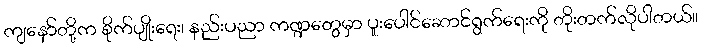
ကျနော်တို့က စိုက်ပျိုးရေး၊ နည်းပညာ ကဏ္ဍတွေမှာ ပူးပေါင်ဆောင်ရွက်ရေးကို တိုးတက်လိုပါတယ်။